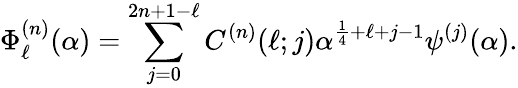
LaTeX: \Phi_{\ell}^{(n)}(\alpha)=\sum_{j=0}^{2n+1-\ell}C^{(n)}(\ell;j)\alpha^{\frac{1}{4}+\ell+j-1}\psi^{(j)}(\alpha).